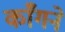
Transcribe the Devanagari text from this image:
काँगने